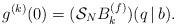
LaTeX: \begin{align*}g^{(k)}(0) & = (\mathcal{S}_{N}B^{(f)}_k)(q\,|\,b). \end{align*}